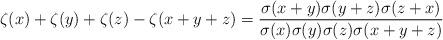
LaTeX: \begin{align*}\zeta(x)+\zeta(y)+\zeta(z)-\zeta(x+y+z)={\sigma(x+y)\sigma(y+z)\sigma(z+x)\over\sigma(x)\sigma(y)\sigma(z)\sigma(x+y+z)}\end{align*}